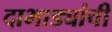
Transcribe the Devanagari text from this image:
दाभाड्यांची